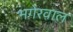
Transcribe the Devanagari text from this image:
भगेरवाल